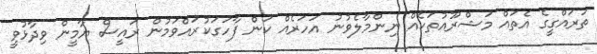
ތަރައްގީގެ އެތައް މަޝްރޫއުތަކެއް ނިންމާލެވުނު އަަހަރެއް ކަން ފާހަގަކުރައްވަމުން ރައީސް ޔާމީން ވިދާޅުވީ